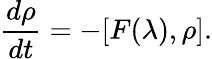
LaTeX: \frac{d\rho}{dt}=-[F(\lambda),\rho].